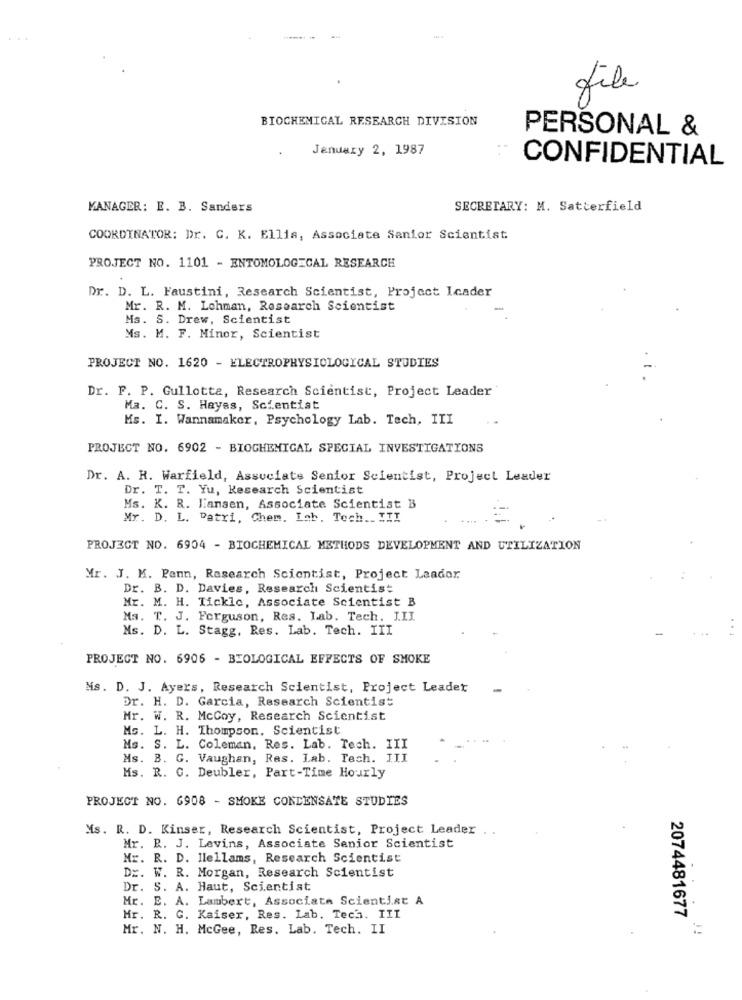
file
BIOCHEMICAL RESEARCH DIVISION
PERSONAL &
January 2, 1987
CONFIDENTIAL
MANAGER: E. B. Sanders
SECRETARY: M. Satterfield
COORDINATOR: Dr. C. K. Ellis, Associate Sanior Scientist.
PROJECT NO. 1101 - ENTOMOLOGICAL RESEARCH
Dr. D. L. Faustini, Research Scientist, Project Icader
Mr. R. M. Lohman, Research Scientist
Ms. S. Drew, Scientist
Ms. M. F. Minor, Scientist
PROJECT NO. 1620 - ELECTROPHYSIOLOGICAL STUDIES
Dr. F. P. Gullotta, Research Scientist, Project Leader
Ma. C. S. Hayas, Scientist
Ms. I. Wannamaker, Psychology Lab. Tech, III
PROJECT NO. 6902 - BIOCHEMICAL SPECIAL INVESTIGATIONS
Dr. A. R. Warfield, Associate Senior Scientist, Project Leader
Dr. T. T. Yu, Research Scientist
Ms. K. R. Hansen, Associate Scientist B
Mr. D. L. Patri, Chem. Lab. Tech. III
PROJECT NO. 6904 - BIOCHEMICAL METHODS DEVELOPMENT AND UTILIZATION
Mr. J. M. Penn, Research Scientist, Project Leader.
Dr. B. D. Davies, Research Scientist
Mr. M. H. Tickle, Associate Scientist B
Ma. T. J. Ferguson, Res. Lab. Tech. LII
Ms. D. L. Stagg, Res. Lab. Tech. III
PROJECT NO. 6906 - BIOLOGICAL EFFECTS OF SMOKE
Ms. D. J. Ayers, Research Scientist, Project Leader
Dr. H. D. Garcia, Research Scientist
Mr. W. R. McCoy, Research Scientist
MG. L. H. Thompson, Scientist
Ms. S. L. Coleman, Res. Lab. Tech. III
Ms. B. G. Vaughan, Res. Lab. Tech. III
Ms. R. C. Deubler, Part-Time Hourly
PROJECT NO. 6908 - SMOKE CONDENSATE STUDIES
Ms. R. D. Kinser, Research Scientist, Project Leader ..
Mr. R. J. Levins, Associate Senior Scientist
Mr. R. D. llellams, Research Scientist
D :. W. R. Morgan, Research Scientist
Dr. S. A. Haut, Scientist
Mr. E. A. Lambert, Associate Scientist A
Mr. R. G. Kaiser, Res. Lab. Tech. III
2074481677
Mr. N. H. McGee, Res. Lab. Tech. II